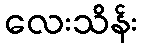
လေးသိန်း